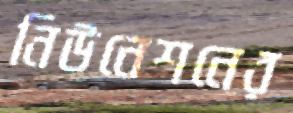
নিউনেশনের